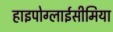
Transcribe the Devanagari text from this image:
हाइपोग्लाईसीमिया